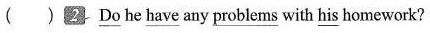
( )2 \underline{Do} he \underline{have} any \underline{problems }with\underline{ his} homework?